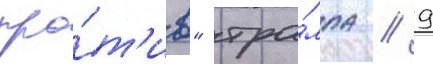
про́т'ив" тра́мпа // 9